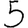
Digit: 5